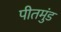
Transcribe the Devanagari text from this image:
पीतमुंड